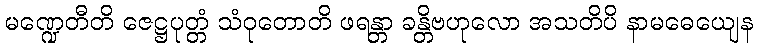
မဏ္ဍေတီတိ ဇေဋ္ဌပုတ္တံ သံဝုတောတိ ဖရန္တာ ခန္တိဗဟုလော အသတိပိ နာမဓေယျေန